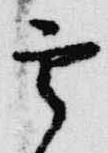
雲